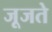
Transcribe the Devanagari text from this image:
जूजते